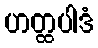
ဟတ္ထပါဒံ